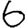
Digit: 6